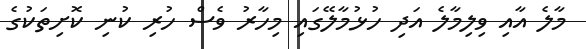
މާލެ އާއި ވިލިމާލެ އަދި ހުޅުމާލޭގައި މިހާރު ވެސް ހުރި ކުނި ކޮށިތަކުގެ